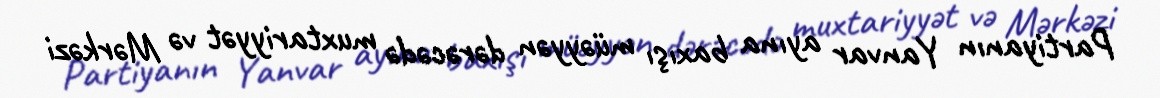
Partiyanın Yanvar ayına baxışı müəyyən dərəcədə muxtariyyət və Mərkəzi